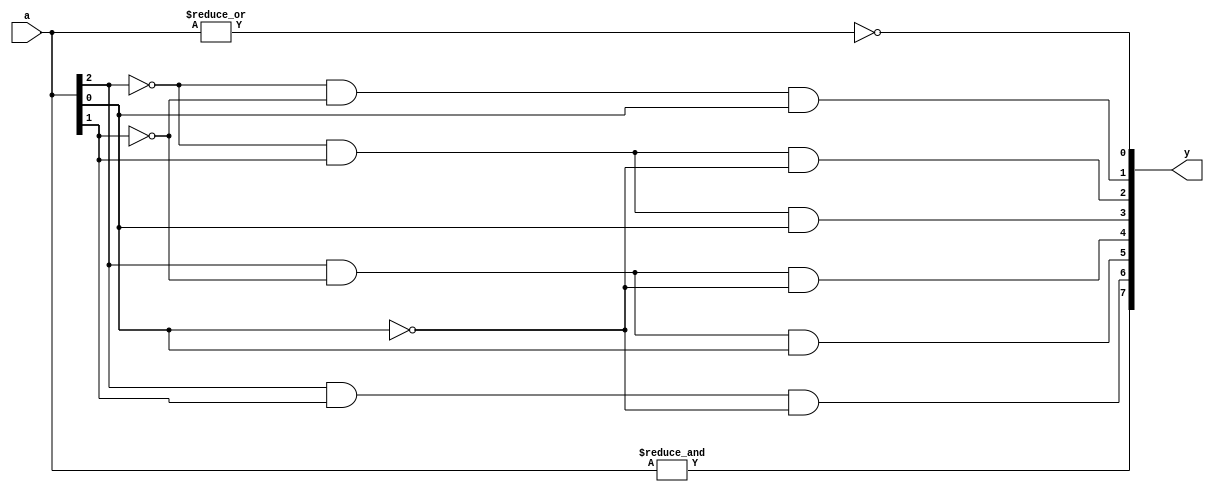
`timescale 1ns/1ps

module decoder3_8( input [2:0] a,
		   output [7:0] y);

   assign y[0] = ~(|a);
   assign y[1] = ~a[2] & ~a[1] &  a[0];
   assign y[2] = ~a[2] &  a[1] & ~a[0];
   assign y[3] = ~a[2] &  a[1] &  a[0];
   assign y[4] =  a[2] & ~a[1] & ~a[0];
   assign y[5] =  a[2] & ~a[1] &  a[0];
   assign y[6] =  a[2] &  a[1] & ~a[0];
   assign y[7] =  &a;
endmodule // decoder3_8